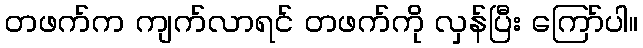
တဖက်က ကျက်လာရင် တဖက်ကို လှန်ပြီး ကြော်ပါ။